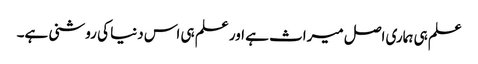
علم ہی ہماری اصل میراث ہے اور علم ہی اس دنیا کی روشنی ہے۔